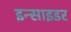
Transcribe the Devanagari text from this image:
इन्साइडर